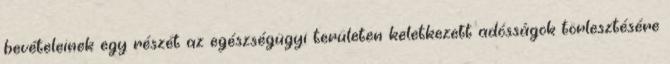
bevételeinek egy részét az egészségügyi területen keletkezett adósságok törlesztésére